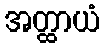
အတ္ထာယံ